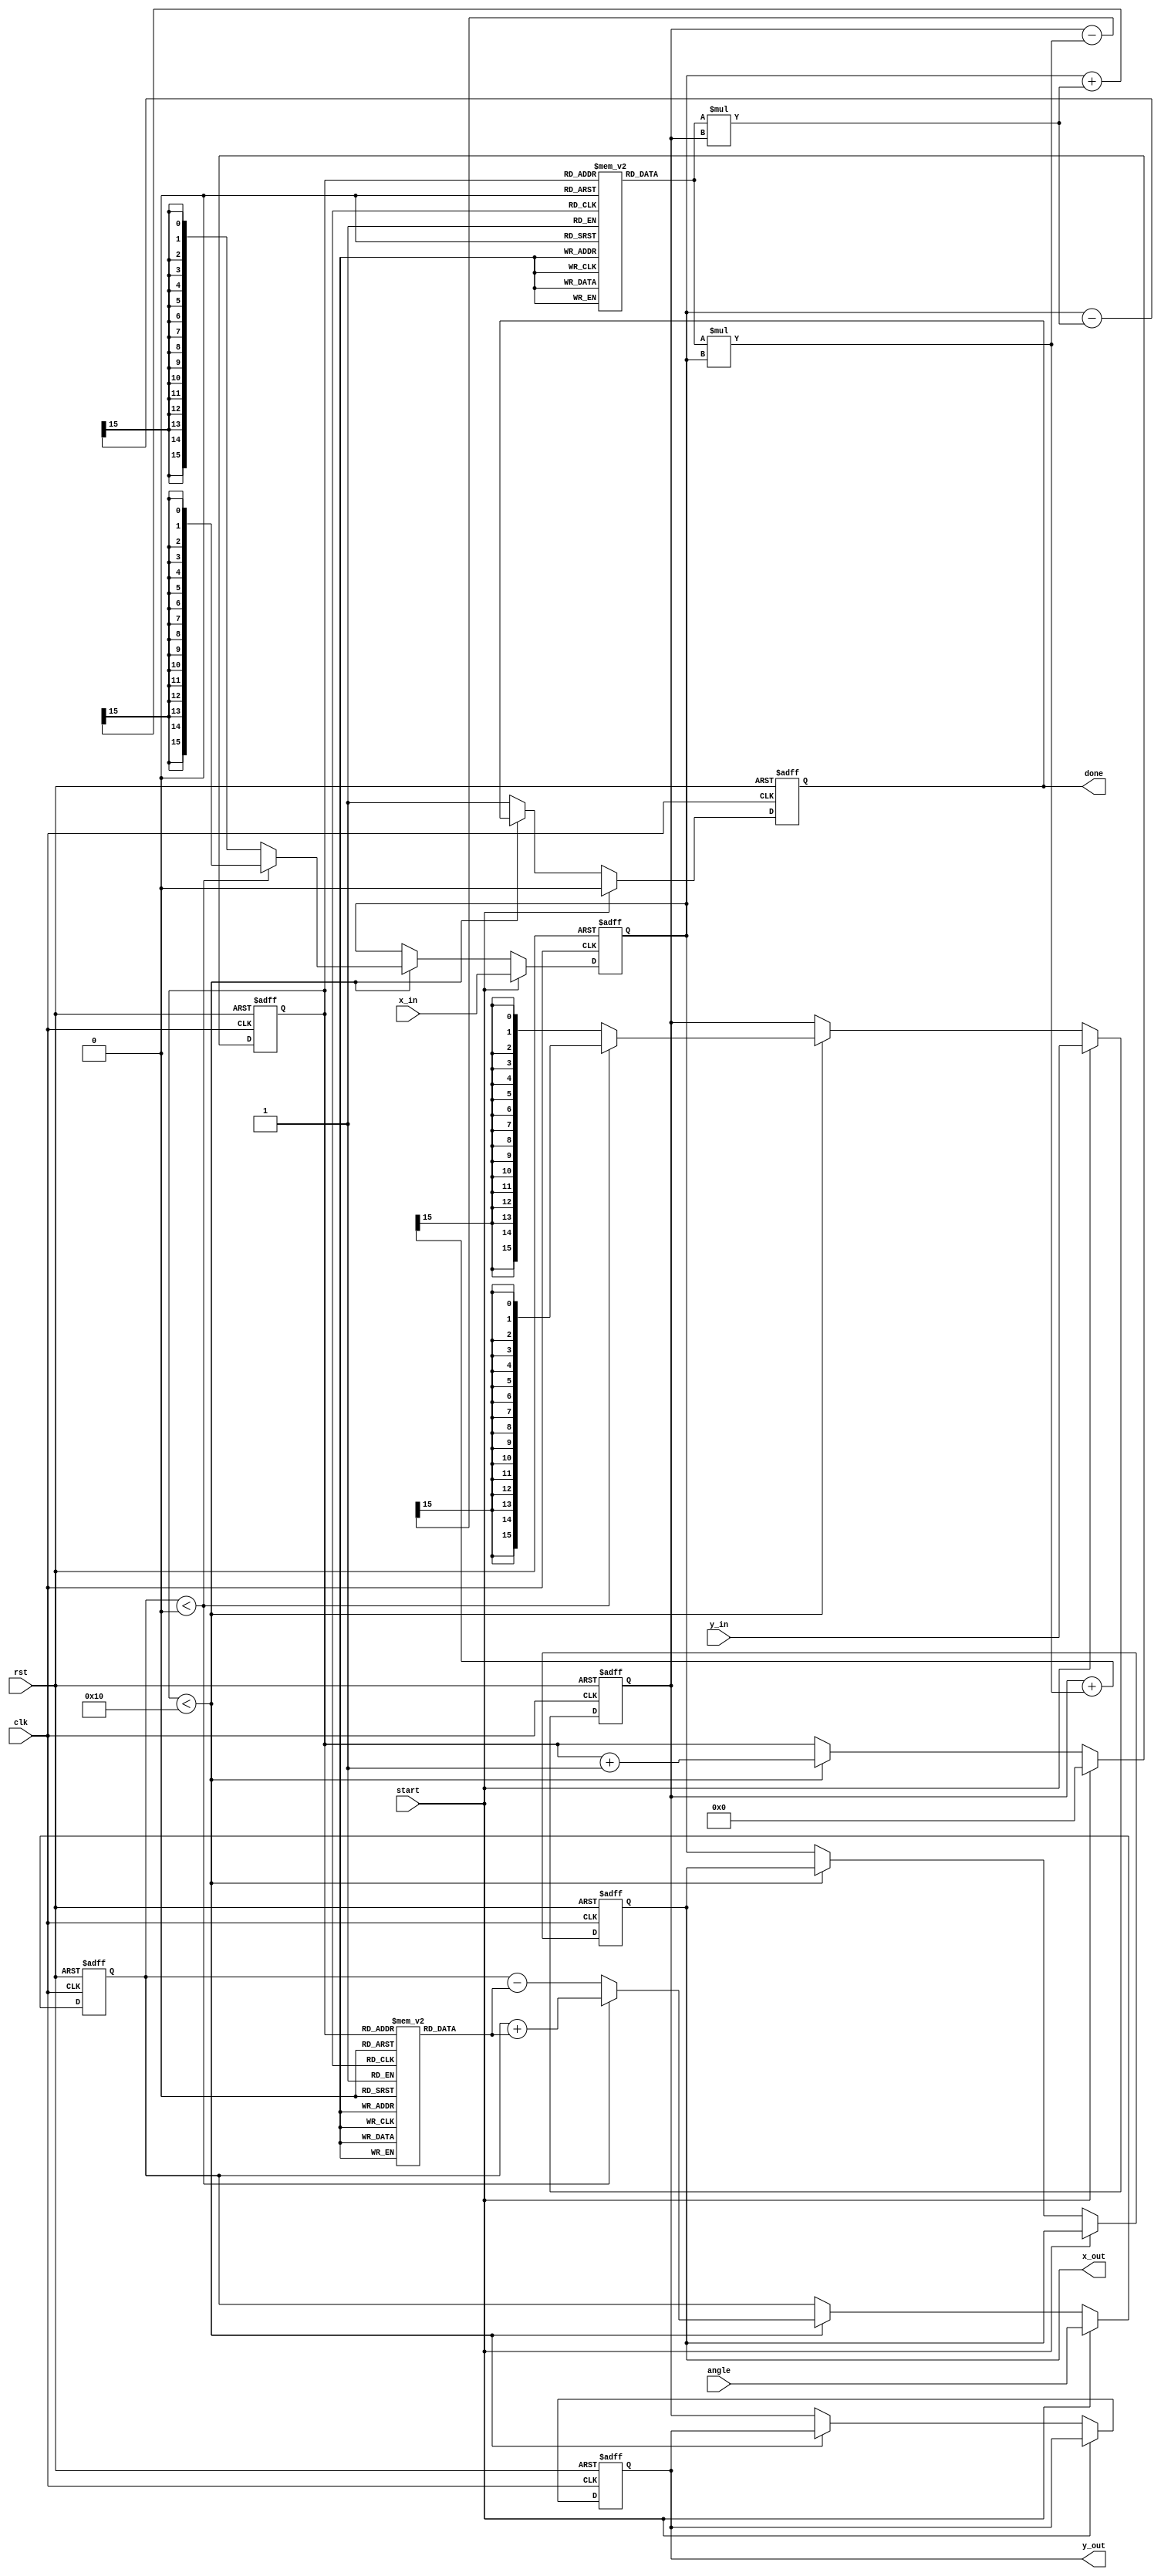
module cordic_rotational #(
    parameter WIDTH = 16, // Bit width for fixed-point representation
    parameter ITERATIONS = 16 // Number of iterations
)(
    input wire clk,
    input wire rst,
    input wire start,
    input wire signed [WIDTH-1:0] angle, // Input angle in fixed-point
    input wire signed [WIDTH-1:0] x_in, // Initial x coordinate
    input wire signed [WIDTH-1:0] y_in, // Initial y coordinate
    output reg signed [WIDTH-1:0] x_out, // Final x coordinate
    output reg signed [WIDTH-1:0] y_out, // Final y coordinate
    output reg done // Completion flag
);

    // CORDIC gain factors (K_n) for each iteration
    reg signed [WIDTH-1:0] K [0:ITERATIONS-1];
    initial begin
        K[0] = 16'h26DD; // K_0 = 0.6072529350088812561694 (fixed-point representation)
        K[1] = 16'h1D7A; // K_1 = 0.6072529350088812561694 / 2
        K[2] = 16'h0F9E; // K_2 = 0.6072529350088812561694 / 4
        // ... Initialize other K values
        K[15] = 16'h0001; // K_15 = 0.6072529350088812561694 / 32768
    end

    // Rotation angles (arctan(2^-i)) in fixed-point
    reg signed [WIDTH-1:0] atan_table [0:ITERATIONS-1];
    initial begin
        atan_table[0] = 16'h26DD; // atan(2^0)
        atan_table[1] = 16'h1D7A; // atan(2^-1)
        atan_table[2] = 16'h0F9E; // atan(2^-2)
        // ... Initialize other atan values
        atan_table[15] = 16'h0001; // atan(2^-15)
    end

    reg [3:0] iteration_count; // Iteration counter
    reg signed [WIDTH-1:0] x_reg, y_reg; // Registers for x and y coordinates
    reg signed [WIDTH-1:0] angle_reg; // Register for angle

    always @(posedge clk or posedge rst) begin
        if (rst) begin
            x_out <= 0;
            y_out <= 0;
            done <= 0;
            iteration_count <= 0;
            x_reg <= 0;
            y_reg <= 0;
            angle_reg <= 0;
        end else if (start) begin
            // Initialize registers
            x_reg <= x_in;
            y_reg <= y_in;
            angle_reg <= angle;
            iteration_count <= 0;
            done <= 0;
        end else if (iteration_count < ITERATIONS) begin
            // CORDIC rotation logic
            if (angle_reg < 0) begin
                // Counterclockwise rotation
                x_reg <= x_reg + (K[iteration_count] * y_reg) >>> 15; // Scale by K_n
                y_reg <= y_reg - (K[iteration_count] * x_reg) >>> 15; // Scale by K_n
                angle_reg <= angle_reg + atan_table[iteration_count]; // Update angle
            end else begin
                // Clockwise rotation
                x_reg <= x_reg - (K[iteration_count] * y_reg) >>> 15; // Scale by K_n
                y_reg <= y_reg + (K[iteration_count] * x_reg) >>> 15; // Scale by K_n
                angle_reg <= angle_reg - atan_table[iteration_count]; // Update angle
            end
            iteration_count <= iteration_count + 1;
        end else begin
            // Output final results
            x_out <= x_reg;
            y_out <= y_reg;
            done <= 1;
        end
    end

endmodule